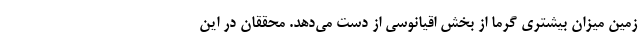
زمین میزان بیشتری گرما از بخش اقیانوسی از دست می‌دهد. محققان در این